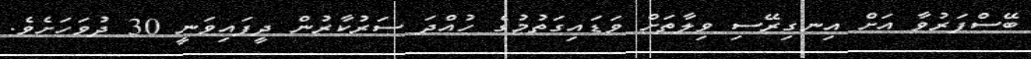
ބޭސްފަރުވާ އަށް އިނގިރޭސި ވިލާތަށް ވަޑައިގަތުމުގެ ހުއްދަ ސަރުކާރުން ދީފައިވަނީ 30 ދުވަހަށެވެ.